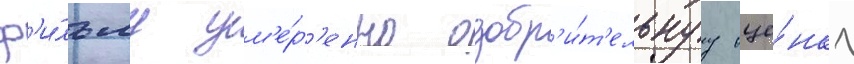
ф'и́льму ум'е́р'енно одобр'и́т'ельнуу оце́нку